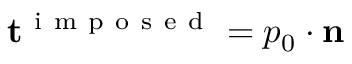
\mathbf { t } ^ { \mathrm { ~ i ~ m ~ p ~ o ~ s ~ e ~ d ~ } } = p _ { 0 } \cdot \mathbf { n }